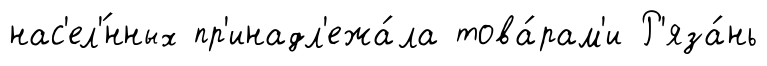
нас'ел'́нных пр'инадл'ежа́ла това́рам'и Р'яза́нь